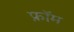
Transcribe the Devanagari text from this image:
फ्राॅम